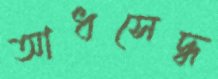
আধসেদ্ধ